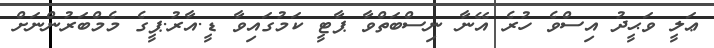
ޢަލީ ވަޙީދު އިސްވެ ހުރެ އޭނާ ނިސްބަތްވާ ޕާޓީ ކަމުގައިވާ ޑީ.އާރު.ޕީގެ މެމްބަރުންނަށް